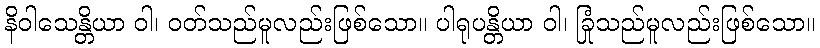
နိဝါသေန္တိယာ ဝါ၊ ဝတ်သည်မူလည်းဖြစ်သော။ ပါရုပန္တိယာ ဝါ၊ ခြုံသည်မူလည်းဖြစ်သော။